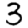
Digit: 3